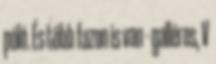
póló. És több fazon is van - galléros, V